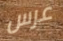
عرس